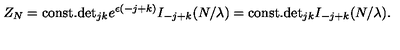
Z _ { N } = \mathrm { c o n s t . } \mathrm { d e t } _ { j k } e ^ { \epsilon ( - j + k ) } I _ { - j + k } ( N / \lambda ) = \mathrm { c o n s t . } \mathrm { d e t } _ { j k } I _ { - j + k } ( N / \lambda ) .